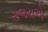
રાજયએ